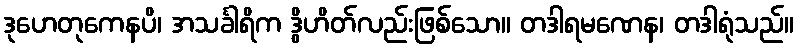
ဒုဟေတုကေနပိ၊ အသင်္ခါရိက ဒွိဟိတ်လည်းဖြစ်သော။ တဒါရမဏေန၊ တဒါရုံသည်။